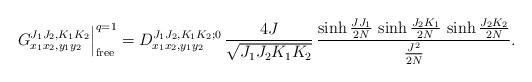
LaTeX: \begin{align*}G^{J_1 J_2,K_1 K_2}_{x_1 x_2,y_1 y_2} \Big|^{q=1}_{{\rm free}} =D^{J_1 J_2,K_1 K_2;0}_{x_1 x_2,y_1 y_2}\,\frac{4 J}{\sqrt{J_1 J_2 K_1 K_2}}\,\frac{\sinh \frac{J J_1}{2 N} \,\sinh \frac{J_2 K_1}{2 N} \,\sinh \frac{J_2 K_2}{2 N} }{\frac{J^2}{2 N}} .\end{align*}